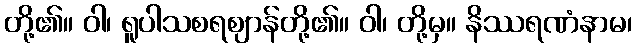
တို့၏။ ဝါ၊ ရူပါသစရဈာန်တို့၏။ ဝါ၊ တို့မှ။ နိဿရဏံနာမ၊